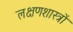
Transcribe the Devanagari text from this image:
लक्षणशास्त्रों